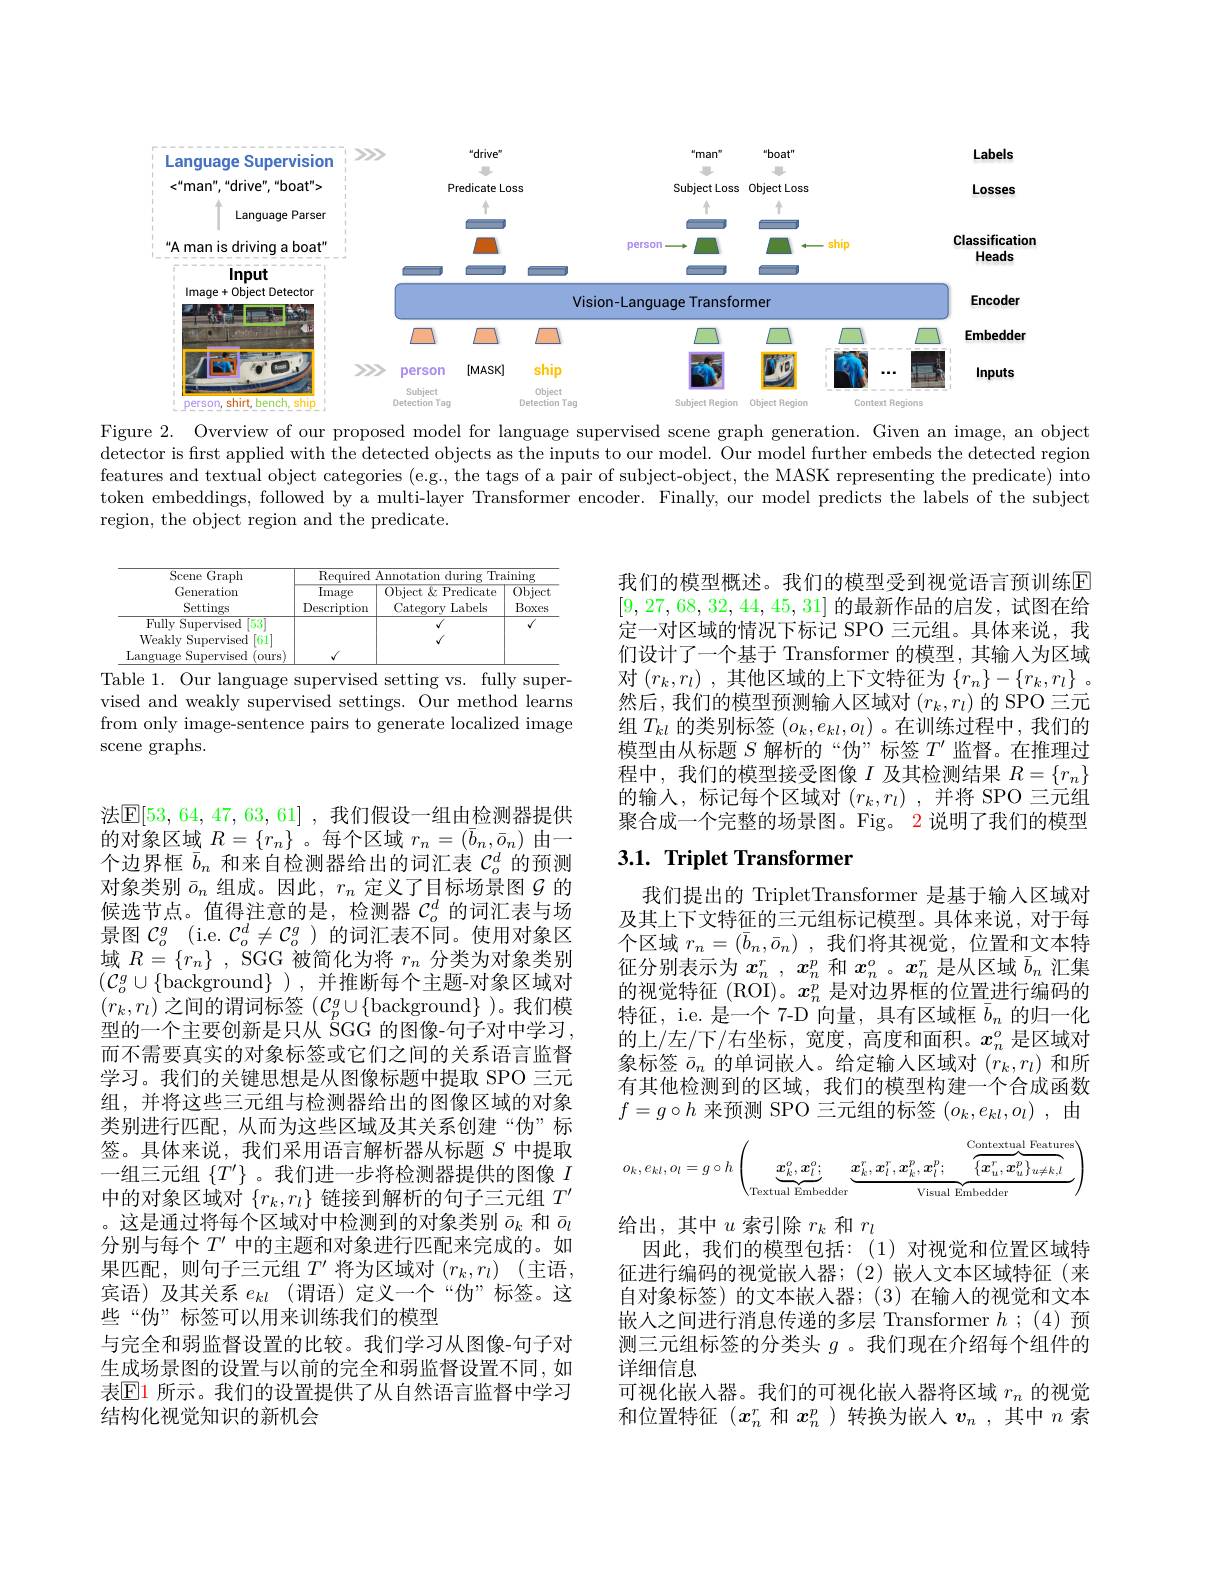
<FigureHere>

Figure 2. Overview of our proposed model for language supervised scene graph generation. Given an image, an object detector is first applied with the detected objects as the inputs to our model. Our model further embeds the detected region features and textual object categories (e.g., the tags of a pair of subject-object, the MASK representing the predicate) into token embeddings, followed by a multi-layer Transformer encoder. Finally, our model predicts the labels of the subject region, the object region and the predicate.

<table>
	<tbody>
		<tr>
			<th rowspan="1">$\overline{\mathrm{Scene~Graph}}$ Generation Settings</th>
			<th colspan="3">Remuirer Drainino $111rins$</th>
		</tr>
		<tr>
			<td>$\lceil53\rceil$ FullyS $\operatorname{Supervised}$ Weakly Supervised [61] Language Supervised ours</td>
			<td>$√$</td>
			<td>$√$ $v$</td>
			<td>$√$</td>
		</tr>
	</tbody>
</table>
Table 1. Our language supervised setting vs. fully super-

我们的模型概述。我们的模型受到视觉语言预训练$\mathbb{E}$ [9,27,68,32,44,45,31]的最新作品的启发，试图在给定一对区域的情况下标记 SPO 三元组。具体来说，我们设计了一个基于 Transformer 的模型，其输入为区域对$( r_k, r_l)$ ,其他区域的上下文特征为$\{ r_n\} - \{ r_k, r_l\}$ 。然后，我们的模型预测输入区域对$(r_k,r_l)$的 SPO 三元组$T_kl$的类别标签$(o_k,e_{kl},o_l)$ 。在训练过程中，我们的模型由从标题$S$解析的“伪”标签$T^\prime$监督。在推理过程中，我们的模型接受图像$I$ 及其检测结果 $R=\{r_n\}$ 的输入，标记每个区域对$(r_k,r_l)$ ,并将 SPO 三元组聚合成一个完整的场景图。Fig。2 说明了我们的模型

vised and weakly supervised settings. Our method learns from only image-sentence pairs to generate localized image scene graphs.

## $3. 1. \textbf{Triplet Transformer}$

我们提出的 TripletTransformer 是基于输人区域对及其上下文特征的三元组标记模型。具体来说，对于每个区域$r_n= ( \bar{b} _n, \bar{o} _n)$ ,我们将其视觉，位置和文本特征分别表示为$x_n^r$, $x_n^p$和$x_n^o$ 。$x_n^r$是从区域$\bar{b}_n$汇集的视觉特征 (ROI)。$x_n^p$是对边界框的位置进行编码的特征，i.e. 是一个 7-D 向量，具有区域框$\bar{b}_n$的归一化的上/左/下/右坐标，宽度，高度和面积。$x_n^o$是区域对象标签$\bar{o}_n$的单词嵌人。给定输人区域对$(r_k,r_l)$和所有其他检测到的区域，我们的模型构建一个合成函数$f=g\circ h$ 来预测 SPO 三元组的标签 $( o_k, e_{kl}, o_l)$ ,由

法$\mathbb{E}[53,64,47,63,61]$ ,我们假设一组由检测器提供$\dot{\text{的对象区域 }R}=\{r_n\}$。每个区域$r_n=(\bar{b}_n,\bar{o}_n)$由一个边界框$\bar{b}_n$和来自检测器给出的词汇表$\mathcal{C}_o^d$的预测对象类别 $\bar{o}_n$ 组成。因此$,r_n$ 定义了目标场景图$\tilde{G}$ 的候选节点。值得注意的是，检测器$C_o^d$的词汇表与场景图$\mathcal{C} _o^g$ ( i. e. $\mathcal{C} _o^d\neq \mathcal{C} _o^g$)的词汇表不同。使用对象区域$R= \{ r_{n}\}$ , SGG被简化为将$r_n$分类为对象类别$(\mathcal{C}_o^g\cup\{$background$\})$,并推断每个主题-对象区域对$(r_k,r_l)$之间的谓词标签$(\mathcal{C}_p^g\cup\{$background$\}$ )。我们模型的一个主要创新是只从 ŠGG 的图像-句子对中学习， 而不需要真实的对象标签或它们之间的关系语言监督学习。我们的关键思想是从图像标题中提取 SPO 三元组，并将这些三元组与检测器给出的图像区域的对象类别进行匹配，从而为这些区域及其关系创建“伪”标签。具体来说，我们采用语言解析器从标题$S$中提取一组三元组$\{T^\prime\}$ 。我们进一步将检测器提供的图像$I$ 中的对象区域对$\{r_k,r_l\}$链接到解析的句子三元组$T^\prime$ 。这是通过将每个区域对中检测到的对象类别$\bar{o}_k$和$\bar{o}_l$ 分别与每个$T^{\prime}$中的主题和对象进行匹配来完成的。如果匹配，则句子三元组 $T^\prime$ 将为区域对 $( r_k, r_l)$ (主语， 宾语)及其关系$e_{kl}$ (谓语)定义一个“伪”标签。这些“伪”标签可以用来训练我们的模型
与完全和弱监督设置的比较。我们学习从图像-句子对生成场景图的设置与以前的完全和弱监督设置不同，如表$\mathbb{E}$1 所示。我们的设置提供了从自然语言监督中学习结构化视觉知识的新机会
$$o_k,e_{kl},o_l=g\circ h\left(\underbrace{\boldsymbol{x}_k^o,\boldsymbol{x}_l^o;}_{\text{Textual Embedder}}\underbrace{\boldsymbol{x}_k^r,\boldsymbol{x}_l^r,\boldsymbol{x}_k^p,\boldsymbol{x}_l^p;\quad\overbrace{\{\boldsymbol{x}_u^r,\boldsymbol{x}_u^p\}_{u\neq k,l}}^{\text{Contextual Features}}}_{\text{Visual Embedder}}\right)$$
给出，其中$u$索引除$r_k$和$r_l$
因此，我们的模型包括：(1)对视觉和位置区域特征进行编码的视觉嵌人器；(2)嵌人文本区域特征(来自对象标签)的文本嵌入器；(3)在输人的视觉和文本嵌人之间进行消息传递的多层 Transformer $h$ ;(4)预测三元组标签的分类头$g$ 。我们现在介绍每个组件的详细信息
可视化嵌入器。我们的可视化嵌入器将区域$r_n$的视觉和位置特征($x_n^r$和$x_n^p$ )转换为嵌人$v_n$,其中$n$索